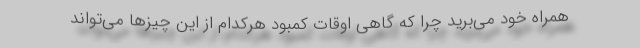
همراه خود می‌برید چرا که گاهی اوقات کمبود هرکدام از این چیزها می‌تواند